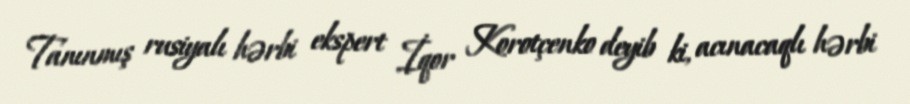
Tanınmış rusiyalı hərbi ekspert İqor Korotçenko deyib ki, acınacaqlı hərbi